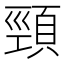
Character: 頸